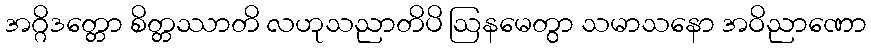
အဂ္ဂိဒတ္တော စိတ္တဿာတိ လဟုသညာတိပိ ဩနမေတွာ သမာသနော အဝိညာဏော